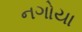
નગોયા